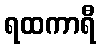
ရထကာရီ